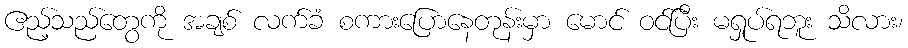
ဧည့်သည်တွေကို အချစ် လက်ခံ စကားပြောနေတုန်းမှာ မောင် ဝင်ပြီး မရှုပ်ရဘူး သိလား၊